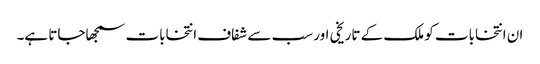
ان انتخابات کو ملک کے تاریخی اور سب سے شفاف انتخابات سمجھاجاتا ہے۔